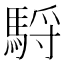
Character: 䮑